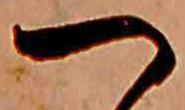
つ